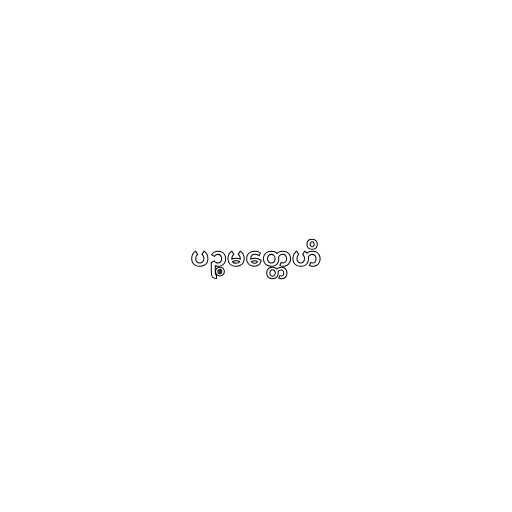
ပဉ္စမတ္တေဟိ